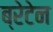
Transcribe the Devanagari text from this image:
ब्रेटेन